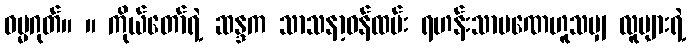
ဓမ္မဂုတ်။ ။ ကိုယ်တော်ရဲ့ ဆန္ဒက သာသနာ့ဝန်ထမ်း ရဟန်းသာမဏေဟူသမျှ လူများရဲ့